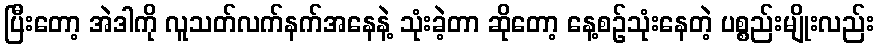
ပြီးတော့ အဲဒါကို လူသတ်လက်နက်အနေနဲ့ သုံးခဲ့တာ ဆိုတော့ နေ့စဉ်သုံးနေတဲ့ ပစ္စည်းမျိုးလည်း